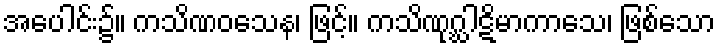
အပေါင်း၌။ ကသိဏဝသေန၊ ဖြင့်။ ကသိဏုဂ္ဃါဋိမာကာသေ၊ ဖြစ်သော